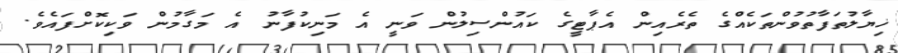
ޚިޔާލުތަފާތުވުންތަކެއްގެ ތެރެއިން އެޕާޓީގެ ކައުންސިލުން ވަނީ އެ މަނިކުފާނު އެ މަގާމުން ވަކިކޮށްފައެވެ.